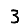
Digit: 3